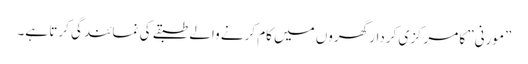
”مورنی” کا مرکزی کردار گھروں میں کام کرنے والے طبقے کی نمائندگی کرتا ہے۔